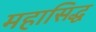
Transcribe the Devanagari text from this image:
महासिद्ध